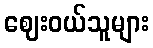
ဈေးဝယ်သူများ